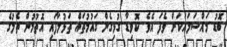
ބޮޑު މައްސަލައަކަށް ވެފަ އެވެ. ކޮވިޑާ ގުޅިގެން ގައުމުތައް ތަޅުލާފައި އޮތުމުން ތެލުގެ